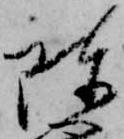
陳